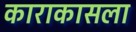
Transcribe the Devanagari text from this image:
काराकासला